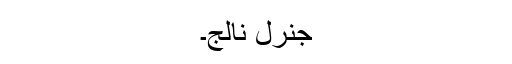
جنرل نالج۔